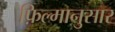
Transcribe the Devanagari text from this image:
फ़िल्मानुसार